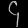
Digit: ၄